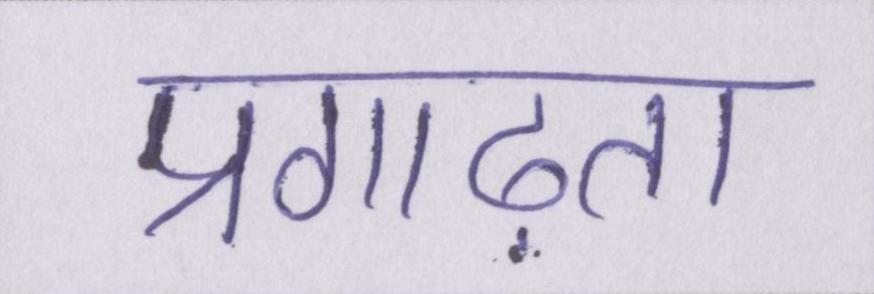
प्रगाढ़ता